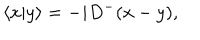
LaTeX: \langle x \vert y \rangle = - i D ^ { - } ( x - y ) ,